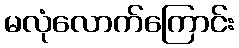
မလုံလောက်ကြောင်း